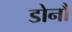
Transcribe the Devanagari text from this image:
डोनौ